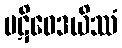
ပဋိဝေဒယိဿံ